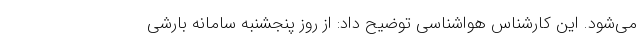
می‌شود. این کارشناس هواشناسی توضیح داد: از روز پنجشنبه سامانه بارشی